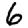
Digit: 6